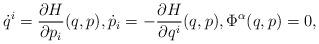
LaTeX: \begin{align*} \dot{q}^i=\frac{\partial H}{\partial p_i}(q,p),\dot{p}_i=-\frac{\partial H}{\partial q^i}(q,p),\Phi^{\alpha}(q,p)=0,\end{align*}